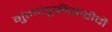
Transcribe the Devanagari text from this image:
गुंतवणूकीसाठीची